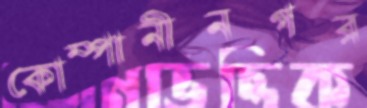
কোম্পানীনগর